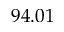
9 4 . 0 1